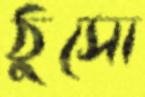
ঠুসো